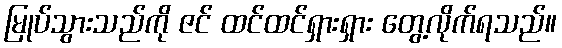
မြုပ်သွားသည်ကို ဇင် ထင်ထင်ရှားရှား တွေ့လိုက်ရသည်။